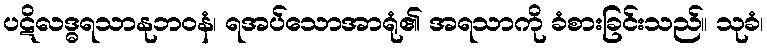
ပဋိလဒ္ဓရသာနုဘဝနံ၊ ရအပ်သောအာရုံ၏ အရသာကို ခံစားခြင်းသည်။ သုခံ၊